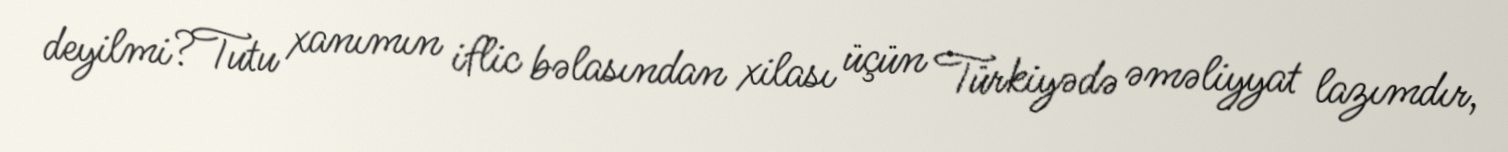
deyilmi?Tutu xanımın iflic bəlasından xilası üçün Türkiyədə əməliyyat lazımdır,